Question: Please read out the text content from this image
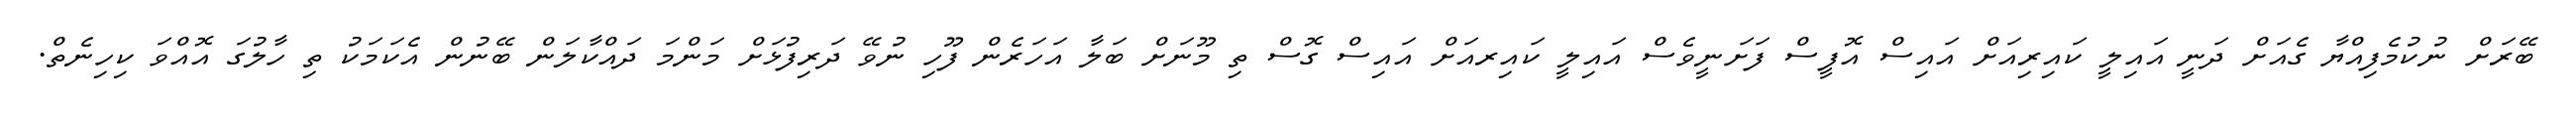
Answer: ބޭރަށް ނުކުމެފިއްޔާ ގެއަށް ދަނީ އައިލީ ކައިރިއަށް އައިސް އޮފީސް ފަށަނީވެސް އައިލީ ކައިރއަށް އައިސް ގޮސް ތި މޫނަށް ބަލާ އަހަރެން ފޫހި ނުވޭ ދަރިފުޅަށް މަންމަ ދައްކާލަން ބޭނުން އެކަމަކު ތި ހާލުގަ އޮއްވަ ކިހިނެތް.